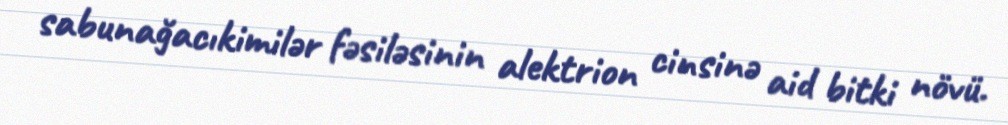
sabunağacıkimilər fəsiləsinin alektrion cinsinə aid bitki növü.